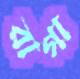
রাগা